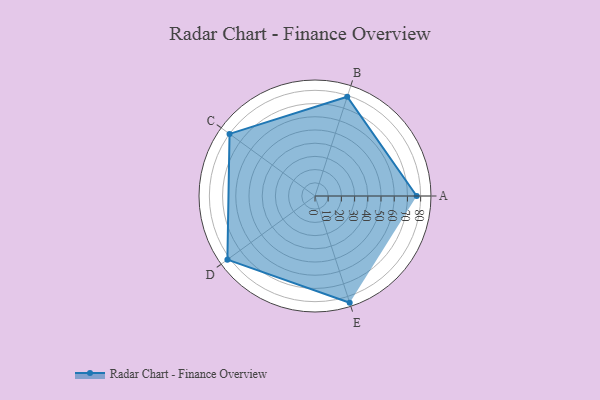
{"axis": {"x": "Skill", "y": "Score"}, "legend": ["Profile"], "data": [{"x": "A", "y": 77.0, "type": "Profile"}, {"x": "B", "y": 79.0, "type": "Profile"}, {"x": "C", "y": 80.0, "type": "Profile"}, {"x": "D", "y": 82.0, "type": "Profile"}, {"x": "E", "y": 85.0, "type": "Profile"}]}